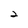
Character: 2